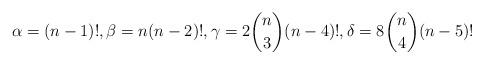
LaTeX: \begin{align*}\alpha =(n-1)!, \beta = n (n-2)!, \gamma = 2\binom{n}{3}(n-4)!, \delta = 8\binom{n}{4}(n-5)!\end{align*}